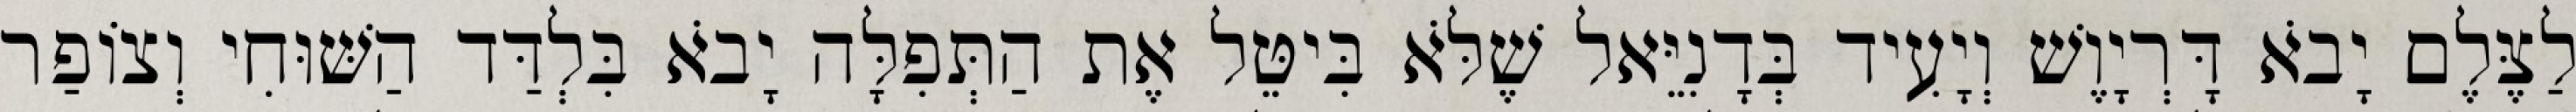
לַצֶּלֶם יָבֹא דָּרְיָוֶשׁ וְיָעִיד בְּדָנִיֵּאל שֶׁלֹּא בִּיטֵּל אֶת הַתְּפִלָּה יָבֹא בִּלְדַּד הַשּׁוּחִי וְצוֹפַר